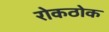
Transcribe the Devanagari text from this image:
रोकठोक